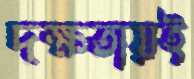
দক্ষতায়ই